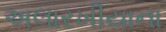
અલારખીયાના